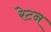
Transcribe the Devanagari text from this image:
रेटन